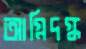
আগ্নিদগ্ধ